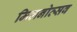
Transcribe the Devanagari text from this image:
मिलनोत्सव